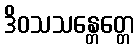
ဒိဝသသန္တေတ္တေ